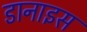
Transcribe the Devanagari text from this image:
डानाइस